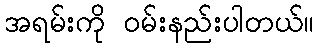
အရမ်းကို ဝမ်းနည်းပါတယ်။